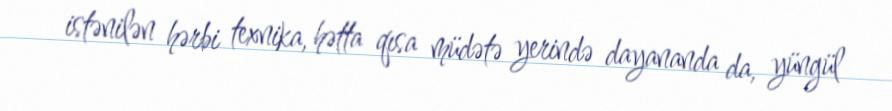
istənilən hərbi texnika, hətta qısa müdətə yerində dayananda da, yüngül